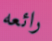
رائعه